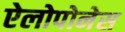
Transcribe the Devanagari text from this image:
ऐलोपोनेस